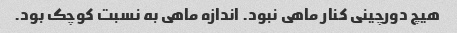
هیچ دورچینی کنار ماهی نبود. اندازه ماهی به نسبت کوچک بود.